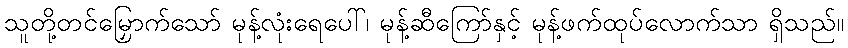
သူတို့တင်မြှောက်သော် မုန့်လုံးရေပေါ်၊ မုန့်ဆီကြော်နှင့် မုန့်ဖက်ထုပ်လောက်သာ ရှိသည်။